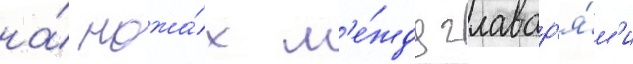
на́ ножа́х м'е́жду главар'я́м'и